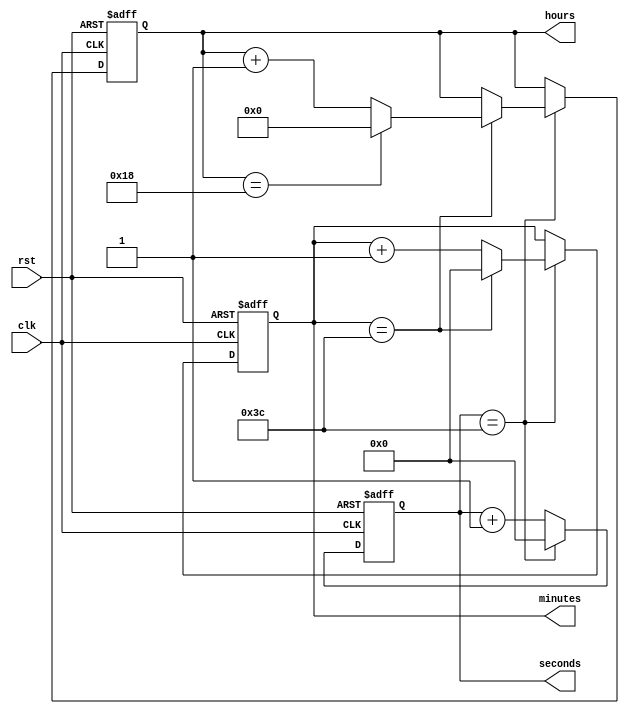
module rtc_timer (
    input clk,
    input rst,
    output reg [5:0] seconds,
    output reg [5:0] minutes,
    output reg [4:0] hours
);

reg [5:0] sec_count;
reg [5:0] min_count;
reg [4:0] hour_count;

always @(posedge clk or posedge rst) begin
    if (rst) begin
        sec_count <= 6'b00;
        min_count <= 6'b00;
        hour_count <= 5'b0;
    end else begin
        sec_count <= sec_count + 1;
        if (sec_count == 60) begin
            sec_count <= 6'b00;
            min_count <= min_count + 1;
            if (min_count == 60) begin
                min_count <= 6'b00;
                hour_count <= hour_count + 1;
                if (hour_count == 24) begin
                    hour_count <= 5'b0;
                end
            end
        end
    end
end

assign seconds = sec_count;
assign minutes = min_count;
assign hours = hour_count;

endmodule